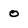
Character: 0